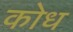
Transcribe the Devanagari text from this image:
कोध